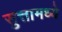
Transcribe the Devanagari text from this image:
सुत्तामध्ये